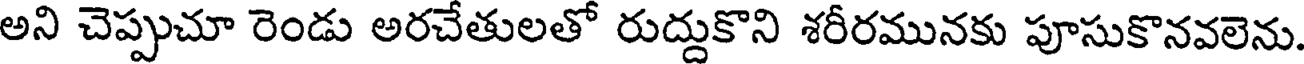
అని చెప్పుచూ రెండు అరచేతులతో రుద్దుకొని శరీరమునకు పూసుకొనవలెను